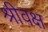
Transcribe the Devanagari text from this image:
श्रीवक्ष